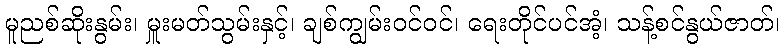
မူညစ်ဆိုးနွမ်း၊ မှူးမတ်သွမ်းနှင့်၊ ချစ်ကျွမ်းဝင်ဝင်၊ ရေးတိုင်ပင်အံ့၊ သန့်စင်နွယ်ဇာတ်၊